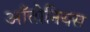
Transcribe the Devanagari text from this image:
आँतोनियस